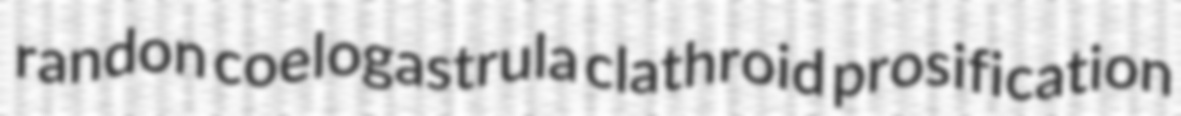
randon coelogastrula clathroid prosification